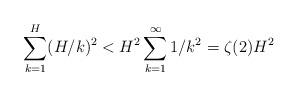
LaTeX: \begin{align*}\sum\limits_{k=1}^{H}(H/k)^2< H^2\sum\limits_{k=1}^{\infty}1/k^2 =\zeta(2)H^2\end{align*}